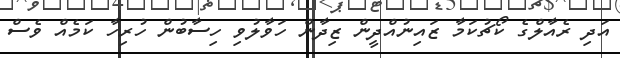
އަދި ރެއާލްގެ ކޯޗުކަމާ ޒައިނުއްދީން ޒިދާން ހަވާލުވި ހިސާބުން ހުރިހާ ކަމެއް ވެސް